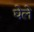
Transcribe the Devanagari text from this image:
घेले